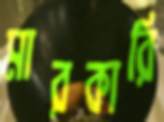
মারকারি